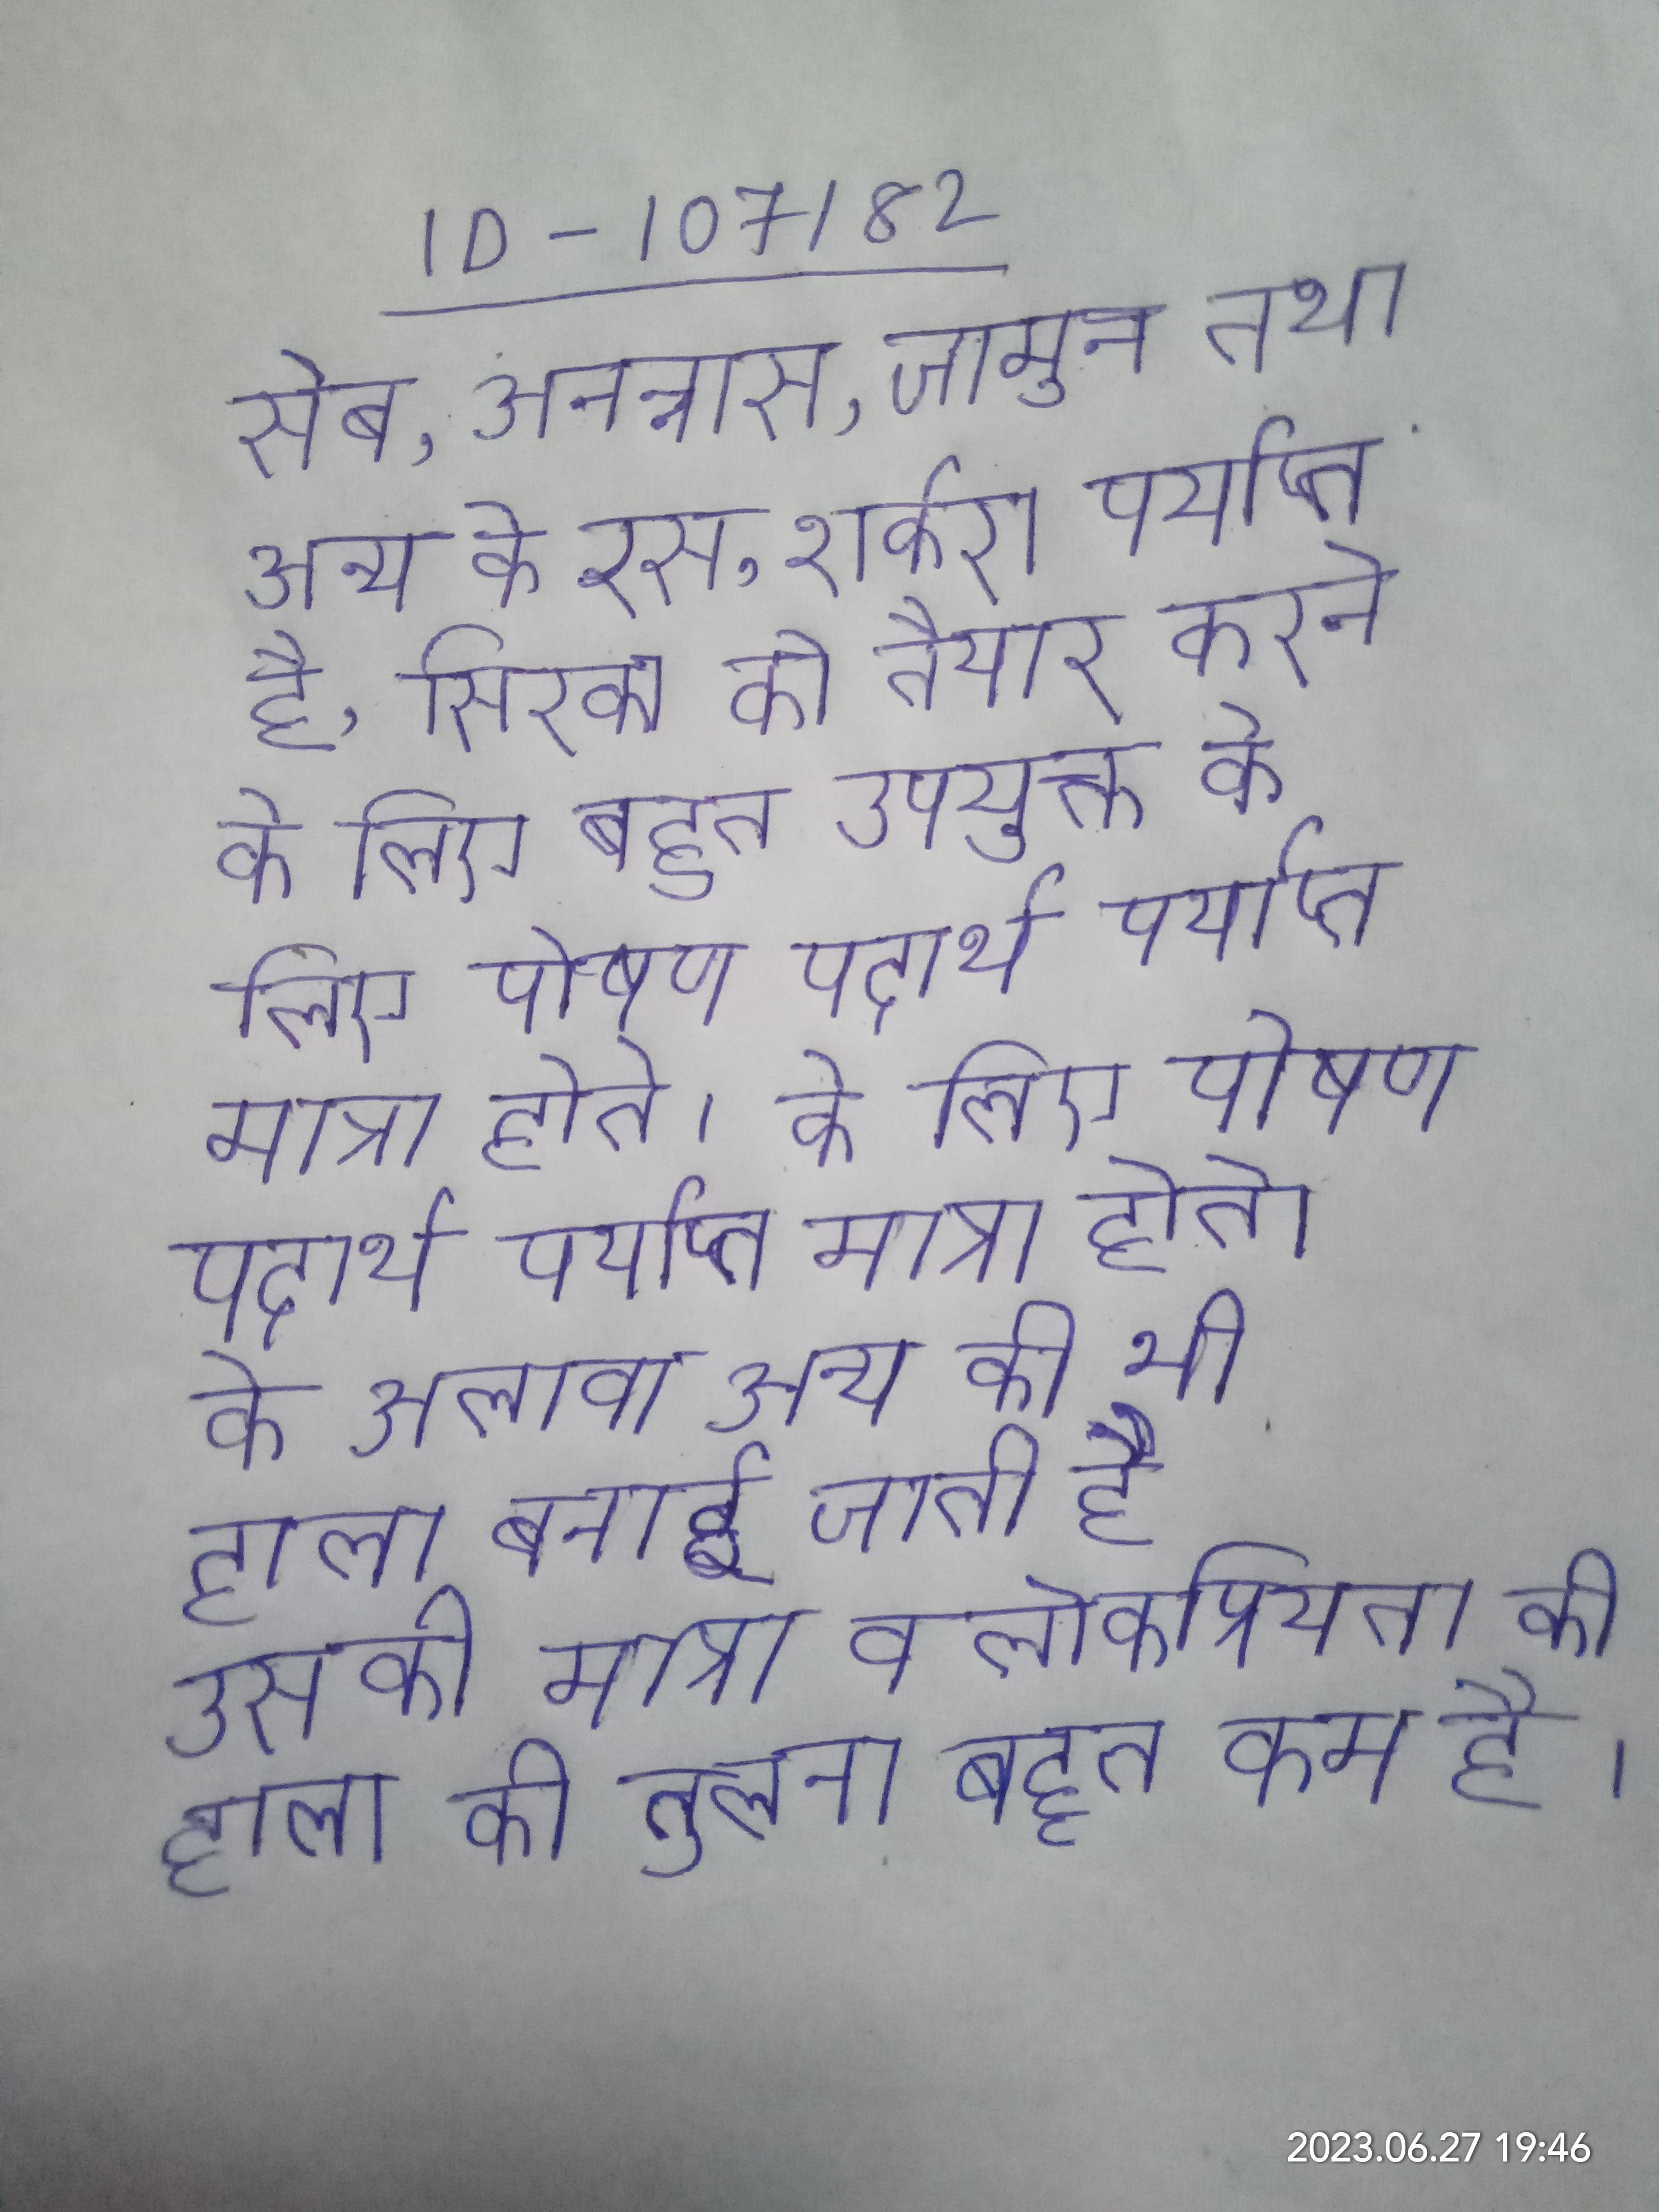
सेब, अनन्नास, जामुन तथा अन्य के रस, शर्करा पर्याप्त है, सिरका को तैयार करने के लिए बहुत उपयुक्त के लिए पोषण पदार्थ पर्याप्त मात्रा होते । के अलावा अन्य की भी हाला बनाई जाती है उसकी मात्रा व लोकप्रियता की हाला की तुलना बहुत कम है ।